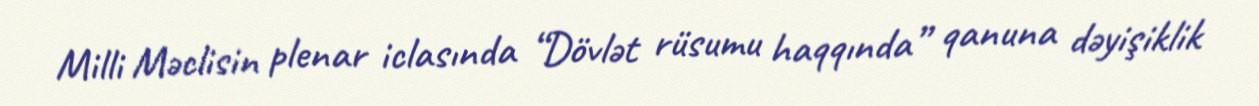
Milli Məclisin plenar iclasında “Dövlət rüsumu haqqında” qanuna dəyişiklik